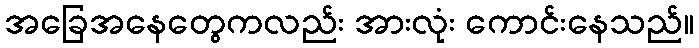
အခြေအနေတွေကလည်း အားလုံး ကောင်းနေသည်။